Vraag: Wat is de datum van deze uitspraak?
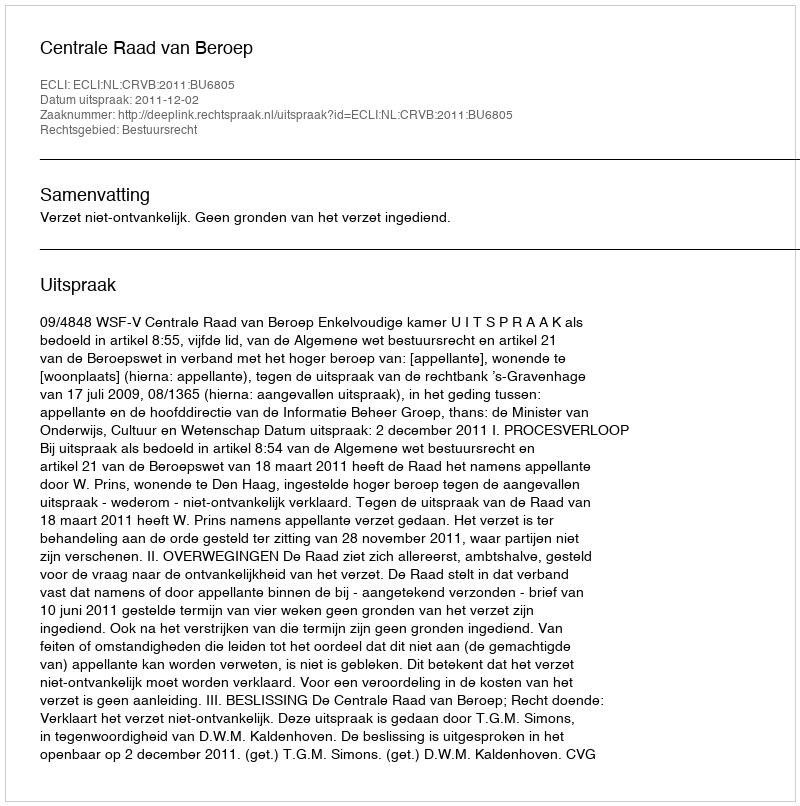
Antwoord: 2011-12-02